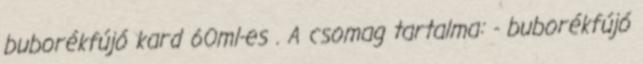
buborékfújó kard 60ml-es . A csomag tartalma: - buborékfújó